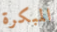
المبكرة